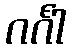
ဂင်္ဂါ